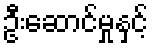
ဦးဆောင်မှုနှင့်